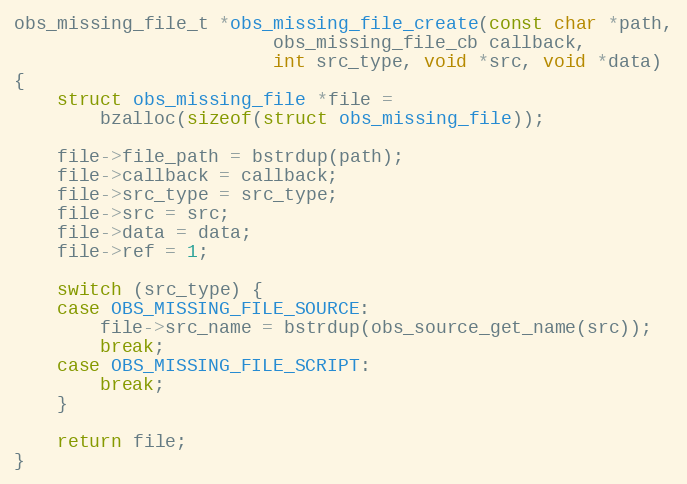
Language: C
obs_missing_file_t *obs_missing_file_create(const char *path,
					    obs_missing_file_cb callback,
					    int src_type, void *src, void *data)
{
	struct obs_missing_file *file =
		bzalloc(sizeof(struct obs_missing_file));

	file->file_path = bstrdup(path);
	file->callback = callback;
	file->src_type = src_type;
	file->src = src;
	file->data = data;
	file->ref = 1;

	switch (src_type) {
	case OBS_MISSING_FILE_SOURCE:
		file->src_name = bstrdup(obs_source_get_name(src));
		break;
	case OBS_MISSING_FILE_SCRIPT:
		break;
	}

	return file;
}